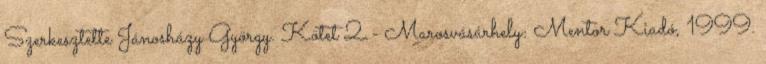
Szerkesztette Jánosházy György. Kötet 2.- Marosvásárhely: Mentor Kiadó, 1999.